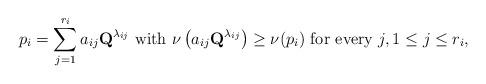
LaTeX: \begin{align*}p_i=\sum_{j=1}^{r_i}a_{ij}\textbf{Q}^{\lambda_{ij}}\mbox{ with }\nu\left(a_{ij}\textbf{Q}^{\lambda_{ij}}\right)\geq \nu(p_i)\mbox{ for every }j, 1\leq j\leq r_i,\end{align*}